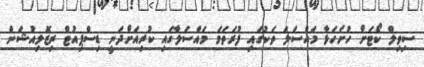
ސިވިލް ކޯޓަށް ހުށަހަޅާ މައްސަލަ ތަކުގައި ފުރަތަމަ މައްސަލާގައި ކުރިއަށްދަނީ ޑިސްޕިއުޓް ރިޒޮލިއުޝަން